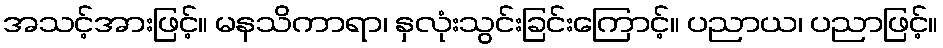
အသင့်အားဖြင့်။ မနသိကာရာ၊ နှလုံးသွင်းခြင်းကြောင့်။ ပညာယ၊ ပညာဖြင့်။